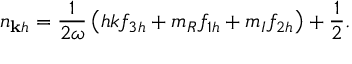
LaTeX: n _ { \mathbf { k } h } = \frac { 1 } { 2 \omega } \left( h { k } f _ { 3 h } + m _ { R } f _ { 1 h } + m _ { I } f _ { 2 h } \right) + \frac { 1 } { 2 } .